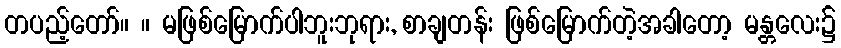
တပည့်တော်။ ။ မဖြစ်မြောက်ပါဘူးဘုရား, စာချတန်း ဖြစ်မြောက်တဲ့အခါတော့ မန္တလေး၌